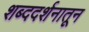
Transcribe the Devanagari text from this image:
शब्ददर्शनातून